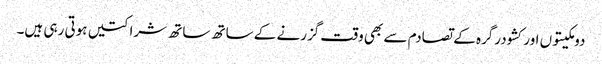
دومکیتوں اور کشودرگرہ کے تصادم سے بھی وقت گزرنے کے ساتھ ساتھ شراکتیں ہوتی رہی ہیں۔